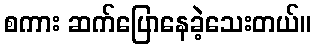
စကား ဆက်ပြောနေခဲ့သေးတယ်။